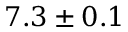
7 . 3 \pm 0 . 1